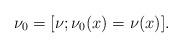
LaTeX: \begin{align*}\nu_0=[\nu;\nu_0(x)=\nu(x)].\end{align*}